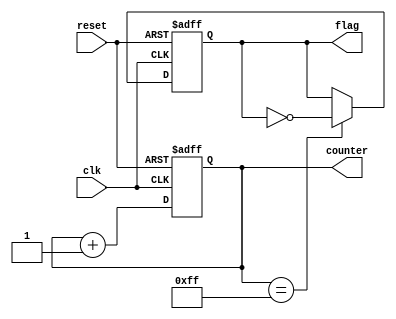
module clock_cycle_initialization (
    input wire clk,          // Clock signal
    input wire reset,        // Reset signal
    output reg [7:0] counter, // Example internal state signal (8-bit counter)
    output reg flag          // Example internal state flag
);

    // Initial values for the internal state signals
    initial begin
        counter = 8'b00000000; // Initialize counter to 0
        flag = 1'b0;           // Initialize flag to low
    end

    // Always block for synchronous reset and clock operations
    always @(posedge clk or posedge reset) begin
        if (reset) begin
            // Reset condition: initialize internal state
            counter <= 8'b00000000; // Reset counter to 0
            flag <= 1'b0;           // Reset flag to low
        end else begin
            // Normal operation: update state variables
            counter <= counter + 1; // Increment counter on clock edge
            // Additional state updates can be added here
            // Example: flag toggling based on counter value
            if (counter == 8'b11111111) begin
                flag <= ~flag; // Toggle flag when counter reaches max value
            end
        end
    end

endmodule